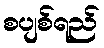
စပျစ်ရည်